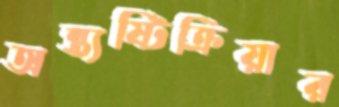
অন্ত্যষ্টিক্রিয়ার